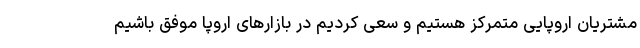
مشتریان اروپایی متمرکز هستیم و سعی کردیم در بازارهای اروپا موفق باشیم